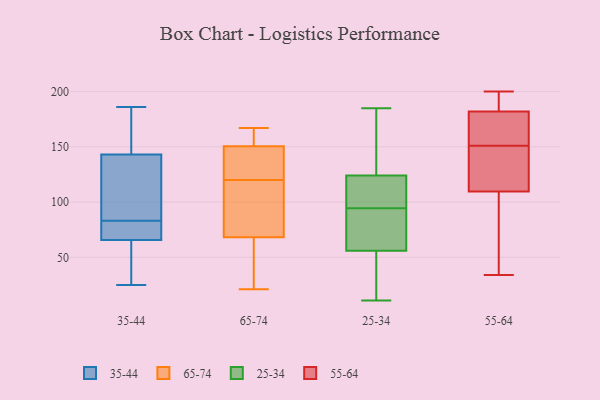
{"axis": {"x": "Revenue (USD Million)", "y": "Value"}, "legend": ["25-34", "35-44", "55-64", "65-74"], "data": [{"x": "", "y": 81, "type": "35-44"}, {"x": "", "y": 26, "type": "35-44"}, {"x": "", "y": 77, "type": "35-44"}, {"x": "", "y": 28, "type": "35-44"}, {"x": "", "y": 93, "type": "35-44"}, {"x": "", "y": 83, "type": "35-44"}, {"x": "", "y": 155, "type": "35-44"}, {"x": "", "y": 72, "type": "35-44"}, {"x": "", "y": 86, "type": "35-44"}, {"x": "", "y": 186, "type": "35-44"}, {"x": "", "y": 139, "type": "35-44"}, {"x": "", "y": 89, "type": "35-44"}, {"x": "", "y": 78, "type": "35-44"}, {"x": "", "y": 183, "type": "35-44"}, {"x": "", "y": 161, "type": "35-44"}, {"x": "", "y": 47, "type": "35-44"}, {"x": "", "y": 25, "type": "35-44"}, {"x": "", "y": 151, "type": "65-74"}, {"x": "", "y": 21, "type": "65-74"}, {"x": "", "y": 82, "type": "65-74"}, {"x": "", "y": 120, "type": "65-74"}, {"x": "", "y": 104, "type": "65-74"}, {"x": "", "y": 61, "type": "65-74"}, {"x": "", "y": 67, "type": "65-74"}, {"x": "", "y": 159, "type": "65-74"}, {"x": "", "y": 149, "type": "65-74"}, {"x": "", "y": 167, "type": "65-74"}, {"x": "", "y": 151, "type": "65-74"}, {"x": "", "y": 65, "type": "65-74"}, {"x": "", "y": 132, "type": "65-74"}, {"x": "", "y": 149, "type": "65-74"}, {"x": "", "y": 135, "type": "65-74"}, {"x": "", "y": 26, "type": "65-74"}, {"x": "", "y": 72, "type": "65-74"}, {"x": "", "y": 102, "type": "65-74"}, {"x": "", "y": 167, "type": "65-74"}, {"x": "", "y": 102, "type": "25-34"}, {"x": "", "y": 56, "type": "25-34"}, {"x": "", "y": 185, "type": "25-34"}, {"x": "", "y": 11, "type": "25-34"}, {"x": "", "y": 98, "type": "25-34"}, {"x": "", "y": 91, "type": "25-34"}, {"x": "", "y": 127, "type": "25-34"}, {"x": "", "y": 124, "type": "25-34"}, {"x": "", "y": 57, "type": "25-34"}, {"x": "", "y": 21, "type": "25-34"}, {"x": "", "y": 196, "type": "55-64"}, {"x": "", "y": 139, "type": "55-64"}, {"x": "", "y": 177, "type": "55-64"}, {"x": "", "y": 150, "type": "55-64"}, {"x": "", "y": 197, "type": "55-64"}, {"x": "", "y": 101, "type": "55-64"}, {"x": "", "y": 118, "type": "55-64"}, {"x": "", "y": 135, "type": "55-64"}, {"x": "", "y": 145, "type": "55-64"}, {"x": "", "y": 188, "type": "55-64"}, {"x": "", "y": 94, "type": "55-64"}, {"x": "", "y": 34, "type": "55-64"}, {"x": "", "y": 155, "type": "55-64"}, {"x": "", "y": 171, "type": "55-64"}, {"x": "", "y": 69, "type": "55-64"}, {"x": "", "y": 179, "type": "55-64"}, {"x": "", "y": 51, "type": "55-64"}, {"x": "", "y": 152, "type": "55-64"}, {"x": "", "y": 200, "type": "55-64"}, {"x": "", "y": 185, "type": "55-64"}]}